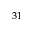
^ { 3 1 }